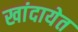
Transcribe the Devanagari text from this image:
खांदायेत